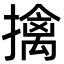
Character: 擒